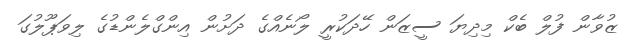
ޒުވާން ފުލް ބެކް މިދިޔަ ސީޒަން ހޭދަކުރީ ލޯނެއްގެ ދަށުން އިންގްލެންޑުގެ ލިވަޕޫލުގަ